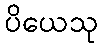
ပိယေသု